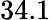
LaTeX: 34.1